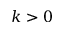
k > 0